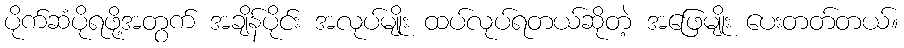
ပိုက်ဆံပိုရဖို့အတွက် အချိန်ပိုင်း အလုပ်မျိုး ထပ်လုပ်ရတယ်ဆိုတဲ့ အဖြေမျိုး ပေးတတ်တယ်။